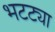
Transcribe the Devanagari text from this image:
भटट्या